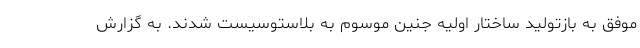
موفق به بازتولید ساختار اولیه جنین موسوم به بلاستوسیست شدند. به گزارش